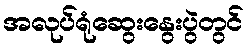
အလုပ်ရုံဆွေးနွေးပွဲတွင်